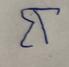
Signature authenticity: forged